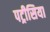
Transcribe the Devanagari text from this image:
पट्रीसिया